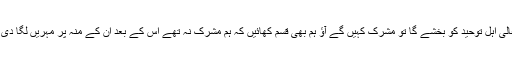
جب اللہ تعالیٰ اہل توحید کو بخشے گا تو مشرک کہیں گے آؤ ہم بھی قسم کھائیں کہ ہم مشرک نہ تھے اس کے بعد ان کے منہ پر مہریں لگا دی جائیں گی۔